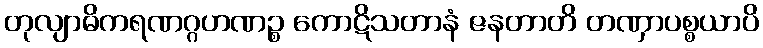
တုလျာဓိကရဏဂ္ဂဟဏဉ္စ ကောဋိသတာနံ ဇနတာတိ တဏှာပစ္စယာပိ